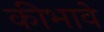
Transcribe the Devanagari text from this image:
कीभावे